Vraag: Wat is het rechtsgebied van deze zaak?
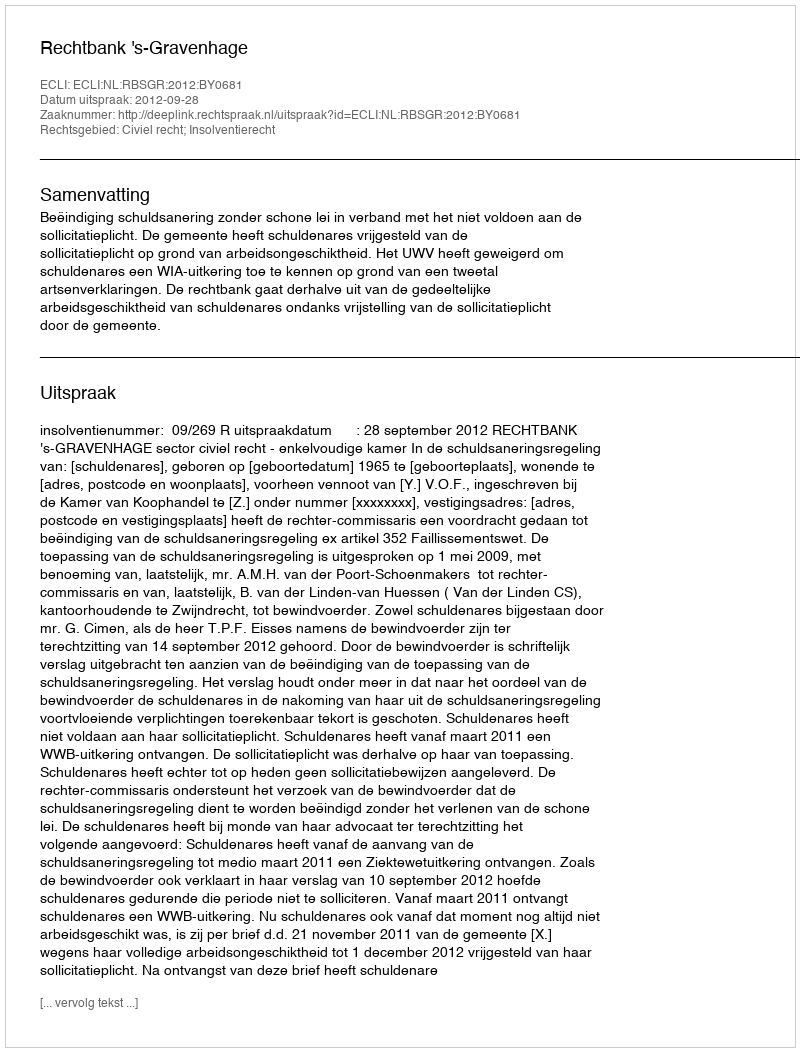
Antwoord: Civiel recht; Insolventierecht